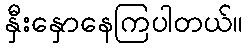
နှီးနှောနေကြပါတယ်။